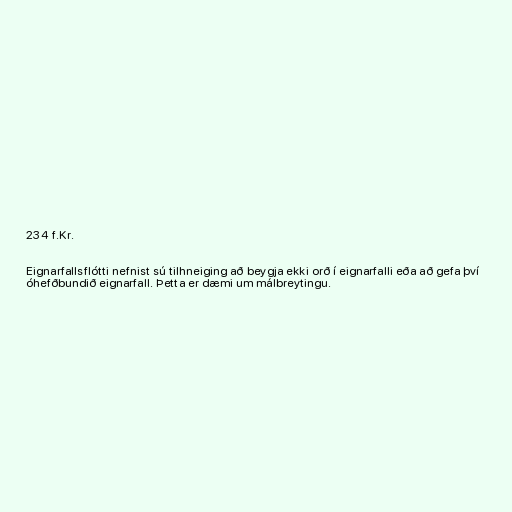
234 f.Kr.

Eignarfallsflótti nefnist sú tilhneiging að beygja ekki orð í eignarfalli eða að gefa því
óhefðbundið eignarfall. Þetta er dæmi um málbreytingu.